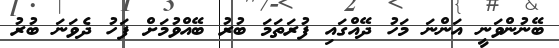
ބޭނުންވަނީ އަންނަ މަހު ދޭއްގައި ފުރަތަމަ ބުރު ބޭއްވުމަށް ފަހު ދެވަނަ ބުރު